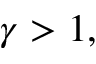
\gamma > 1 ,